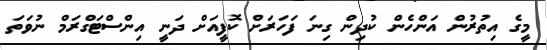
މީގެ އިތުރުން އަންހެން ކުދިން ގިނަ ފަހަރަށް ކޮފީއަށް ދަނީ އިންސްޓަގްރަމް ނުވަތަ